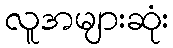
လူအများဆုံး